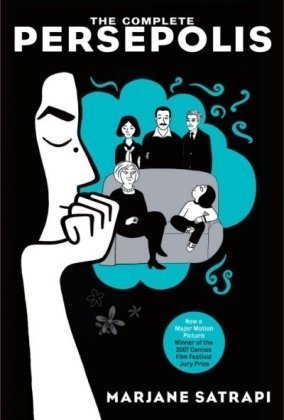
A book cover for The Complete Persepolis; Marjane Satrapi; Comics & Graphic Novels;